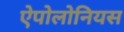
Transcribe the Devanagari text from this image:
ऐपोलोनियस